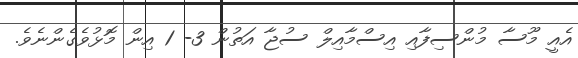
އެއީ މޫސާ މުންސިފާއި އިސްމާއިލް ސުޖާ އަތުން 3- 1 އިން މޮޅުވެގެންނެވެ.